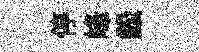
停峰鈆